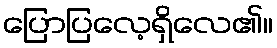
ပြောပြလေ့ရှိလေ၏။